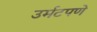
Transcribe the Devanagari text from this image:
उर्मटपणे